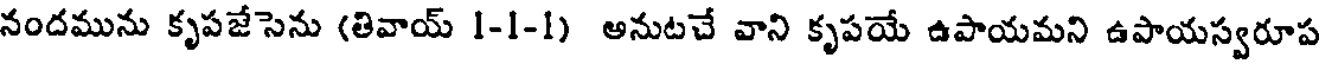
నందమును కృపజేసెను (తివాయ్ 1-1-1) అనుటచే వాని కృపయే ఉపాయమని ఉపాయస్వరూప